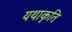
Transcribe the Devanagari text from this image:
यथाकृति